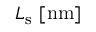
L _ { \mathrm { s } } ~ [ \mathrm { n m } ]